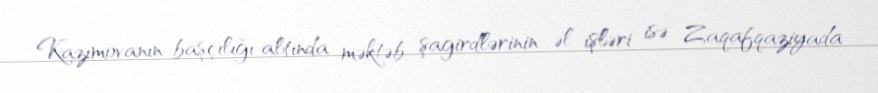
Kazımovanın başçılığı altında məktəb şagirdlərinin əl işləri isə Zaqafqaziyada